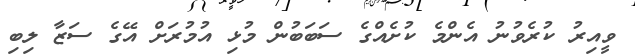
ވީއިރު ކުރެވުނު އެންމެ ކުށެއްގެ ސަބަބުން މުޅި އުމުރަށް އޭގެ ސަޒާ ލިބި